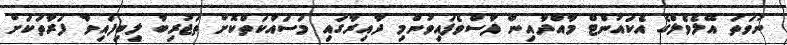
ނުވަތަ އޭލެވެލްގެ އެކައުންޓް މާއްދާއިން ފާސްވެފައިވުންމި ދާއިރާގައި މަސައްކަތްކޮށް ތަޖުރިބާ ލިބިފައިވާ ފަރާތަކަށް